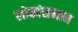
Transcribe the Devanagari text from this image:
लोकांसमान